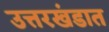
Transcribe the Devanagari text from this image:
उत्तरखंडात